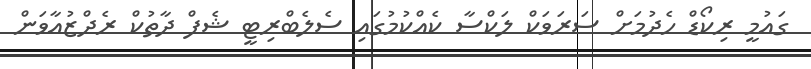
ގައުމީ ރިކޯޑް ހެދުމަށް ސަރަވަކް ލަކްސާ ކެއްކުމުގައި ސެލެބްރިޓީ ޝެފް ދާތުކް ރެދްޒުއާވަން